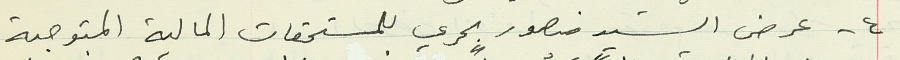
٤ - عرض السيد منصور بحري للمستحقات المالية المتوجبة